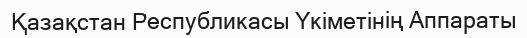
Қазақстан Республикасы Үкіметінің Аппараты